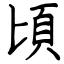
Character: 頃